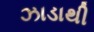
ઝાડાથી